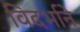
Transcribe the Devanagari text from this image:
विदर्भाने